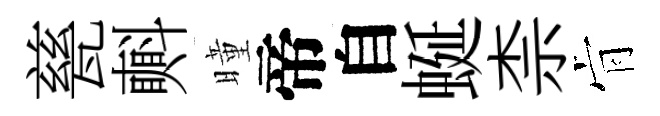
甆㪺曈帝自蜒柰肻